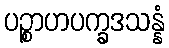
ပဉ္စာဟပက္ခဒသန္နံ